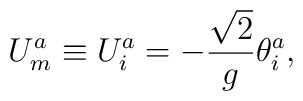
U_{m}^{a}\equiv U_{i}^{a}=-{\frac{\sqrt{2}}{g}}\theta _{i}^{a},